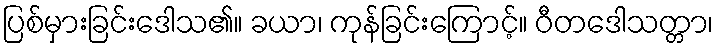
ပြစ်မှားခြင်းဒေါသ၏။ ခယာ၊ ကုန်ခြင်းကြောင့်။ ဝီတဒေါသတ္တာ၊